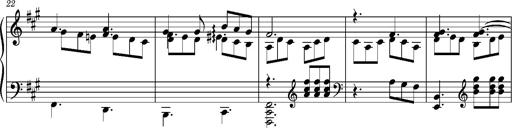
Title: PriÃ¨re d'un enfant Ã  son rÃ©veil
Composer: Franz Liszt
Key: A major